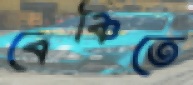
বেঞ্চিতে